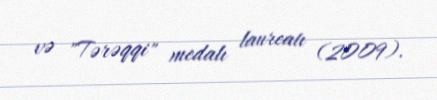
və "Tərəqqi" medalı laureatı (2009).